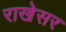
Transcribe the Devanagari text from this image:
राखेसर